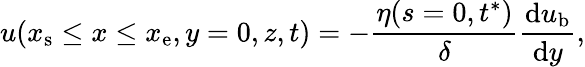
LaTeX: u(x_{\mathrm{s}}\le x\le x_{\mathrm{e}},y=0,z,t)=-\frac{\eta(s=0,t^{*})}{\delta}\frac{\mathrm{d}u_{\mathrm{b}}}{\mathrm{d}y},